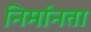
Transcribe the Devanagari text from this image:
निर्मानता